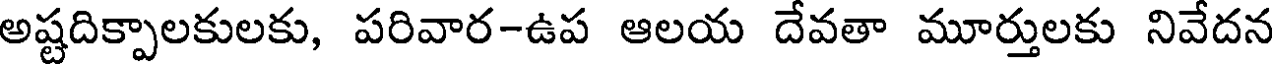
అష్టదిక్పాలకులకు, పరివార-ఉప ఆలయ దేవతా మూర్తులకు నివేదన